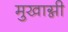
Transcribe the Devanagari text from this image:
मुखाग्नी